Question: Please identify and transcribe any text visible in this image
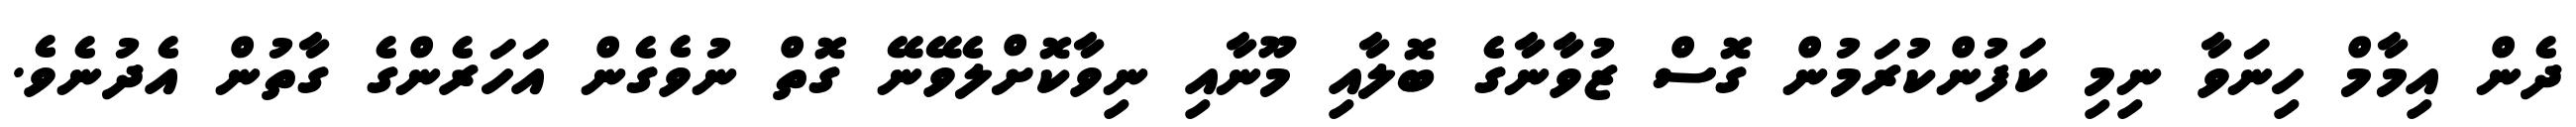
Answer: ދެން އިމާމް ހިނަވާ ނިމި ކަފުންކުރަމުން ގޮސް ޒުވާނާގެ ބޮލާއި މޫނާއި ނިވާކޮށްލެވޭނޭ ގޮތް ނުވެގެން އަހަރެންގެ ގާތުން އެދުނެވެ.